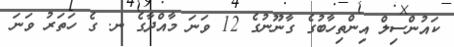
ކައުންސިލް އިންތިހާބުގެ ގާނޫނުގެ 12 ވަނަ މާއްދާގެ ނ. ގެ ހަތަރު ވަނަ